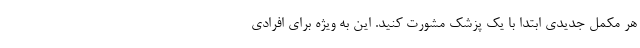
هر مکمل جدیدی ابتدا با یک پزشک مشورت کنید. این به ویژه برای افرادی